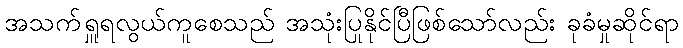
အသက်ရှူရလွယ်ကူစေသည် အသုံးပြုနိုင်ပြီဖြစ်သော်လည်း ခုခံမှုဆိုင်ရာ